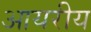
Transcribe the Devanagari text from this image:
आयरीय